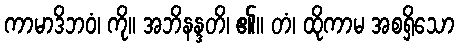
ကာမာဒိဘဝံ၊ ကို။ အဘိနန္ဒတိ၊ ၏။ တံ၊ ထိုကာမ အစရှိသော